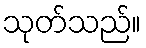
သုတ်သည်။